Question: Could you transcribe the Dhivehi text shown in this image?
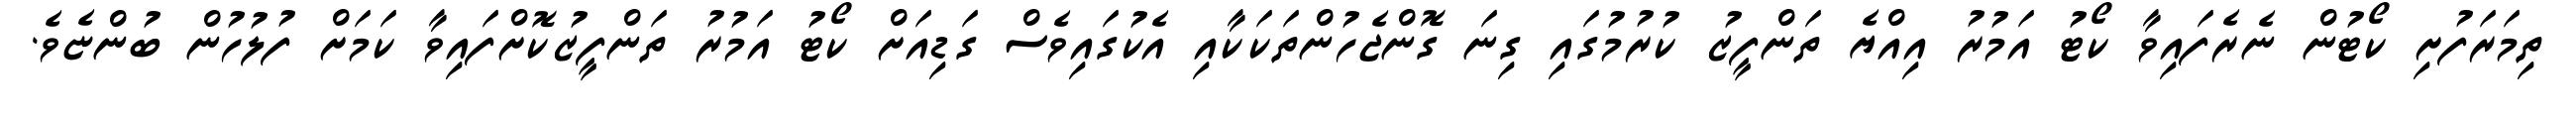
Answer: ތިމަރަފުށި ކޯޓުން ނެރެފައިވާ ކޯޓު އަމުރު އިއްޔެ ތަންފީޒު ކުރުމުގައި ގިނަ ގޮންޖެހުންތަކަކާއި އެކުގައިވެސް ގަޑިއަށް ކޯޓު އަމުރު ތަންފީޒުކޮށްފައިވާ ކަމަށް ފުލުހުން ބުންޏެވެ.